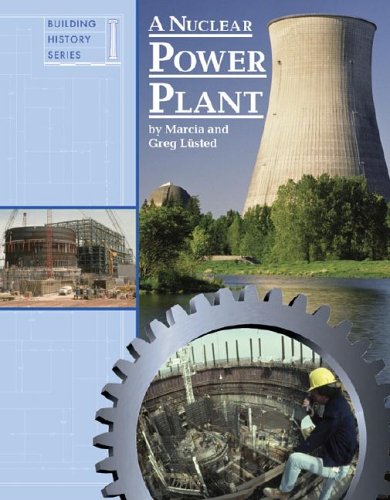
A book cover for A Nuclear Power Plant (Building History); Greg Lusted; Teen & Young Adult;